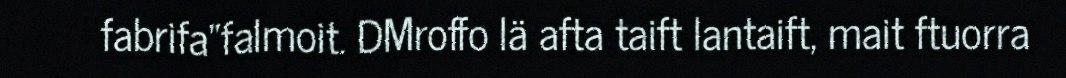
fabrifa"falmoit. DMroffo lä afta taift lantaift, mait ftuorra